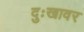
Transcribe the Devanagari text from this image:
दुःखावर